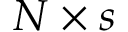
N \times s